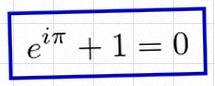
e^{i\pi}+1=0